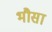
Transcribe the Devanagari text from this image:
भौसा